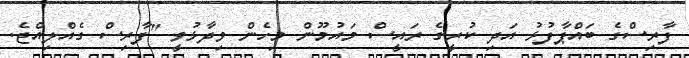
ފާރިސްގެ ބައްޕާފުޅު އަދި ކުރީގެ ރައީސް މައުމޫން މިހެން ވިދާޅުވީ "ފާރިސް ގެއްލިއްޖެ.